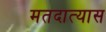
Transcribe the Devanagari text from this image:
मतदात्यास